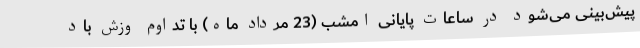
پیش‌بینی می‌شود در ساعات پایانی امشب (23 مرداد ماه) با تداوم وزش باد